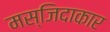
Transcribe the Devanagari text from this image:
मस्जिदाकार